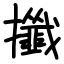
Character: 攕